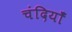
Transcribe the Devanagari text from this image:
चंदियाँ